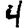
Digit: 4